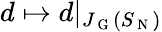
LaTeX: d\mapsto d\vert_{J_{\mathrm{~G~}}(S_{\mathrm{~N~}})}